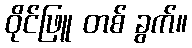
ဝိုင်ဖြူ တစ် ခွက်။